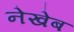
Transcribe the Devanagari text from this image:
नेखेब